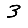
Digit: 3